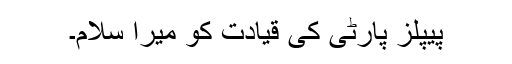
پیپلز پارٹی کی قیادت کو میرا سلام۔